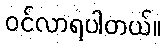
ဝင်လာရပါတယ်။